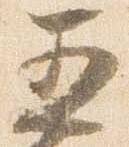
五